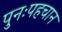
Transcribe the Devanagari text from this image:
पुनःपहचान